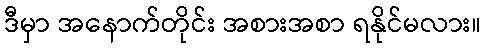
ဒီမှာ အနောက်တိုင်း အစားအစာ ရနိုင်မလား။